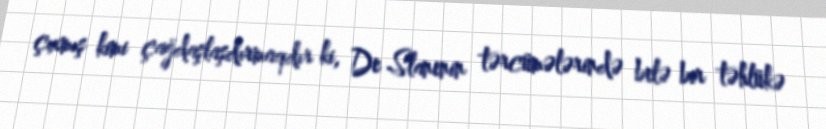
çıxmış kimi çağdaşlaşdırmaqdır ki, De Slanenin tərcümələrində belə bir təhlükə